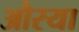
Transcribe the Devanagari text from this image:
औरया